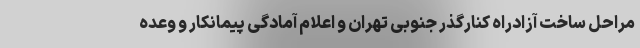
مراحل ساخت آزادراه کنارگذر جنوبی تهران و اعلام آمادگی پیمانکار و وعده